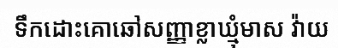
ទឹកដោះគោឆៅសញ្ញាខ្លាឃ្មុំមាស វ៉ាយ